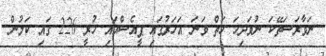
ނަވާރަސަތޭކަ ނުވަދިހަ ހަތް ވަނަ އަހަރުގައި ޕީއެސްއައި ހުރީ 226 ގައި ކަމުން